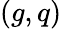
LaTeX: (g,q)